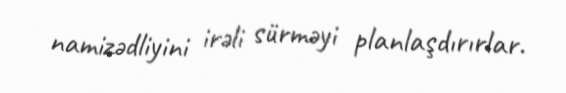
namizədliyini irəli sürməyi planlaşdırırlar.